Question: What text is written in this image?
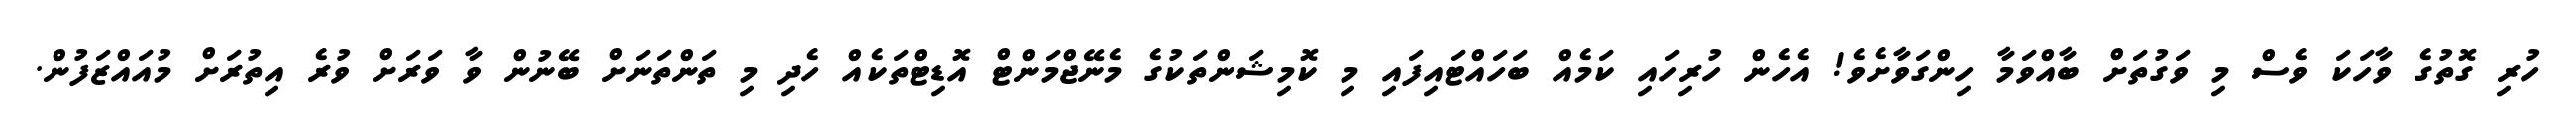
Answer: ހުރި ގޮތުގެ ވާހަކަ ވެސް މި ވަގުތަށް ބާއްވަމާ ހިންގަވާށެވެ! އެހެން ހުރިހައި ކަމެއް ބަހައްޓައިފައި މި ކޮމިޝަންތަކުގެ މެނޭޖްމަންޓް އޮޑިޓްތަކެއް ހެދި މި ތަންތަނަށް ބޭނުން ވާ ވަރަށް ވުރެ އިތުރަށް މުއައްޒަފުން.